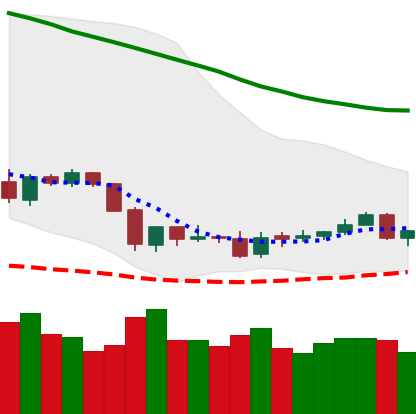
Ticker: ETC-USD
Chart end date: 2018-06-05
Forward return: -18.641%
Label: down_7plus